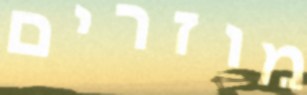
מוזרים